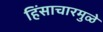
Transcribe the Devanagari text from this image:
हिंसाचारमुळे